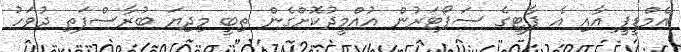
އެމްޑީޕީ އާއި އެ ޕާޓީގެ ސަޕޯޓަރުން އުއްމީދުކޮށްގެން ތިބީ މިދިޔަ ބުރާސްފަތި ދުވަހު